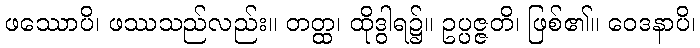
ဖဿောပိ၊ ဖဿသည်လည်း။ တတ္ထ၊ ထိုဒွါရ၌။ ဥပ္ပဇ္ဇတိ၊ ဖြစ်၏။ ဝေဒနာပိ၊